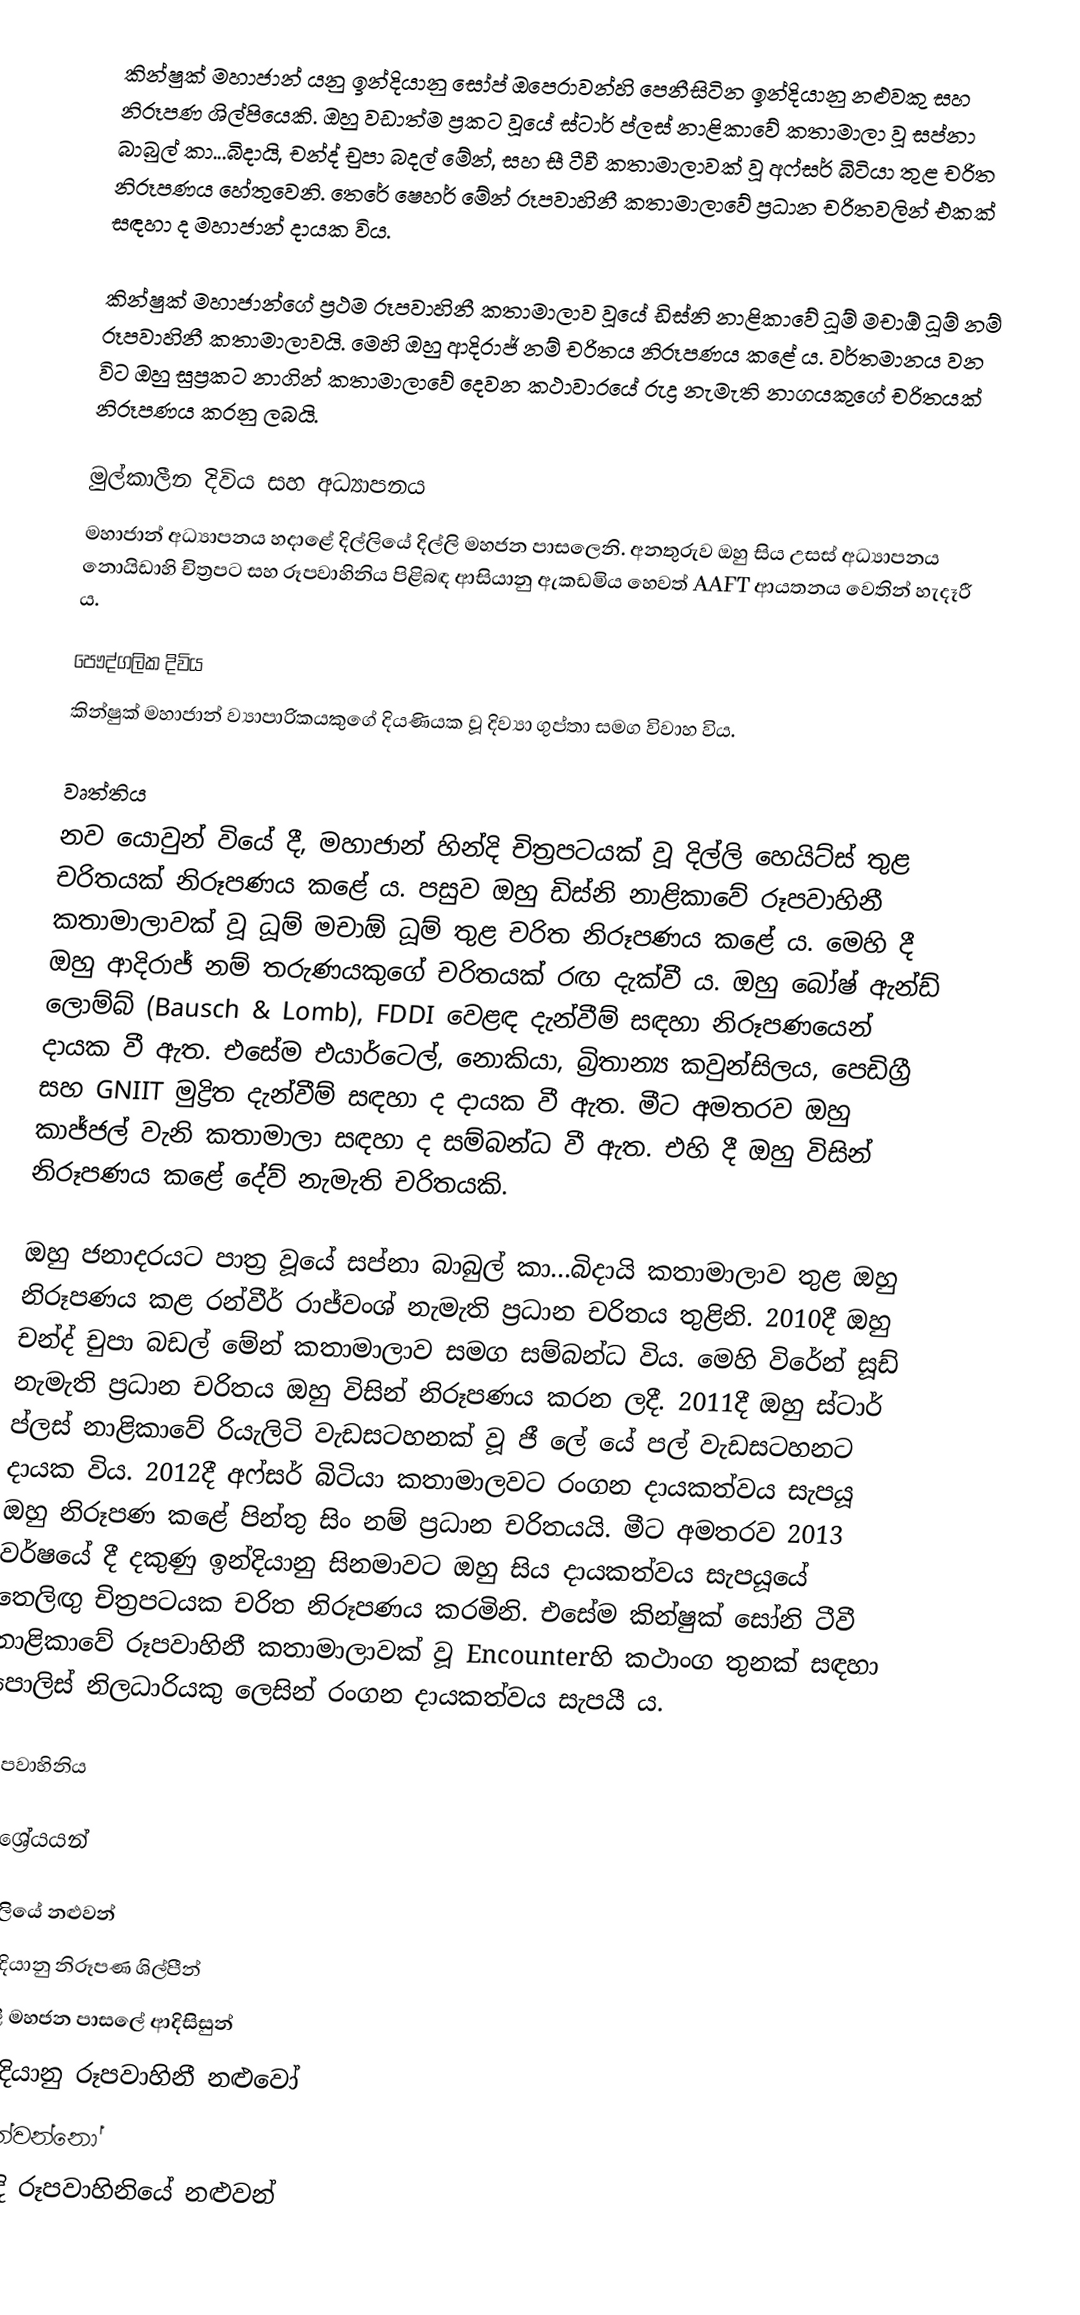
කින්ෂුක් මහාජාන් යනු ඉන්දියානු සෝප් ඔපෙරාවන්හි පෙනීසිටින ඉන්දියානු නළුවකු සහ නිරූපණ ශිල්පියෙකි. ඔහු වඩාත්ම ප්‍රකට වූයේ ස්ටාර් ප්ලස් නාළිකාවේ කතාමාලා වූ සප්නා බාබුල් කා...බිදායි, චන්ද් චුපා බදල් මේන්, සහ සී ටීවී කතාමාලාවක් වූ අෆ්සර් බිටියා තුළ චරිත නිරූපණය හේතුවෙනි. තෙරේ ෂෙහර් මේන් රූපවාහිනී කතාමාලාවේ ප්‍රධාන චරිතවලින් එකක් සඳහා ද මහාජාන් දායක විය.

කින්ෂුක් මහාජාන්ගේ ප්‍රථම රූපවාහිනී කතාමාලාව වූයේ ඩිස්නි නාළිකාවේ ධූම් මචාඕ ධූම් නම් රූපවාහිනී කතාමාලාවයි. මෙහි ඔහු ආදිරාජ් නම් චරිතය නිරූපණය කළේ ය. වර්තමානය වන විට ඔහු සුප්‍රකට නාගින් කතාමාලාවේ දෙවන කථාවාරයේ රුද්‍ර නැමැති නාගයකුගේ චරිතයක් නිරූපණය කරනු ලබයි.

මුල්කාලීන දිවිය සහ අධ්‍යාපනය
මහාජාන් අධ්‍යාපනය හදාළේ දිල්ලියේ දිල්ලි මහජන පාසලෙනි. අනතුරුව ඔහු සිය උසස් අධ්‍යාපනය නොයිඩාහි චිත්‍රපට සහ රූපවාහිනිය පිළිබඳ ආසියානු ඇකඩමිය හෙවත් AAFT ආයතනය වෙතින් හැදෑරී ය.

පෞද්ගලික දිවිය
කින්ෂුක් මහාජාන් ව්‍යාපාරිකයකුගේ දියණියක වූ දිව්‍යා ගුප්තා සමග විවාහ විය.

වෘත්තිය
නව යොවුන් වියේ දී, මහාජාන් හින්දි චිත්‍රපටයක් වූ දිල්ලි හෙයිට්ස් තුළ චරිතයක් නිරූපණය කළේ ය. පසුව ඔහු ඩිස්නි නාළිකාවේ රූපවාහිනී කතාමාලාවක් වූ ධූම් මචාඕ ධූම් තුළ චරිත නිරූපණය කළේ ය. මෙහි දී ඔහු ආදිරාජ් නම් තරුණයකුගේ චරිතයක් රඟ දැක්වී ය. ඔහු බෝෂ් ඇන්ඩ් ලොම්බ් (Bausch & Lomb), FDDI වෙළඳ දැන්වීම් සඳහා නිරූපණයෙන් දායක වී ඇත. එසේම එයාර්ටෙල්, නොකියා, බ්‍රිතාන්‍ය කවුන්සිලය, පෙඩිග්‍රී සහ GNIIT මුද්‍රිත දැන්වීම් සඳහා ද දායක වී ඇත. මීට අමතරව ඔහු කාජ්ජල් වැනි කතාමාලා සඳහා ද සම්බන්ධ වී ඇත. එහි දී ඔහු විසින් නිරූපණය කළේ දේව් නැමැති චරිතයකි.

ඔහු ජනාදරයට පාත්‍ර වූයේ සප්නා බාබුල් කා...බිදායි කතාමාලාව තුළ ඔහු නිරූපණය කළ රන්වීර් රාජ්වංශ් නැමැති ප්‍රධාන චරිතය තුළිනි. 2010දී ඔහු චන්ද් චුපා බඩල් මේන් කතාමාලාව සමග සම්බන්ධ විය. මෙහි විරේන් සූඩ් නැමැති ප්‍රධාන චරිතය ඔහු විසින් නිරූපණය කරන ලදී. 2011දී ඔහු ස්ටාර් ප්ලස් නාළිකාවේ රියැලිටි වැඩසටහනක් වූ ජී ලේ යේ පල් වැඩසටහනට දායක විය. 2012දී අෆ්සර් බිටියා කතාමාලවට රංගන දායකත්වය සැපයූ ඔහු නිරූපණ කළේ පින්තු සිං නම් ප්‍රධාන චරිතයයි. මීට අමතරව 2013 වර්ෂයේ දී දකුණු ඉන්දියානු සිනමාවට ඔහු සිය දායකත්වය සැපයූයේ තෙලිඟු චිත්‍රපටයක චරිත නිරූපණය කරමිනි. එසේම කින්ෂුක් සෝනි ටීවී නාළිකාවේ රූපවාහිනී කතාමාලාවක් වූ Encounterහි කථාංග තුනක් සඳහා පොලිස් නිලධාරියකු ලෙසින් රංගන දායකත්වය සැපයී ය.

රූපවාහිනිය

ආශ්‍රේයයන්

 දිල්ලියේ නළුවන්
ඉන්දියානු නිරූපණ ශිල්පීන්
දිල්ලි මහජන පාසලේ ආදිසිසුන්
ඉන්දියානු රූපවාහිනී නළුවෝ
ජීවත්වන්නෝ
හින්දි රූපවාහිනියේ නළුවන්